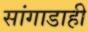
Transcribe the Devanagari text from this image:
सांगाडाही